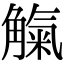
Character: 𧤟